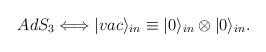
LaTeX: \begin{align*}AdS_3 \Longleftrightarrow |vac\rangle_{in}\equiv |0\rangle_{in}\otimes|0\rangle_{in}.\end{align*}